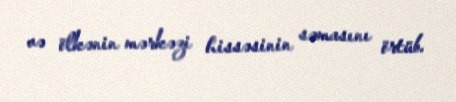
və ölkənin mərkəzi hissəsinin səmasını örtüb.